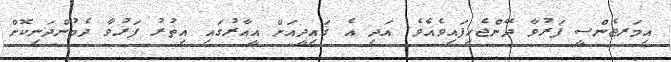
އިމަރޖެންސީ ފަރުވާ ދޭންޖެހިފައިވެއެވެ. އަދި އެ ޤައިދީއަށް އީއާރުގައި އިތުރު ފަރުވާ ދެމުންދަނިކޮށް